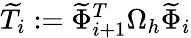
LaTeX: \widetilde{T}_{i}:=\widetilde{\Phi}_{i+1}^{T}\Omega_{h}\widetilde{\Phi}_{i}